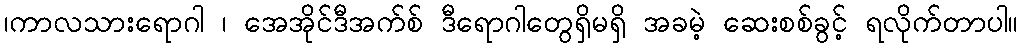
၊ကာလသားရောဂါ ၊ အေအိုင်ဒီအက်စ် ဒီရောဂါတွေရှိမရှိ အခမဲ့ ဆေးစစ်ခွင့် ရလိုက်တာပါ။